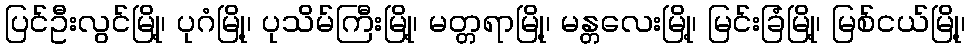
ပြင်ဦးလွင်မြို့၊ ပုဂံမြို့၊ ပုသိမ်ကြီးမြို့၊ မတ္တရာမြို့၊ မန္တလေးမြို့၊ မြင်းခြံမြို့၊ မြစ်ငယ်မြို့၊